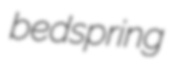
bedspring